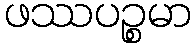
ဖဿပဉ္စမာ